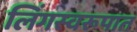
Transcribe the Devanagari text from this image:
लिंगस्वरूपात